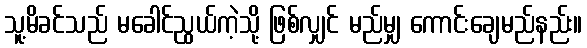
သူ့မိခင်သည် မခေါင်ညွယ်ကဲ့သို့ ဖြစ်လျှင် မည်မျှ ကောင်းချေမည်နည်း။